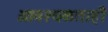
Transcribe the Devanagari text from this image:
आवश्यकताही